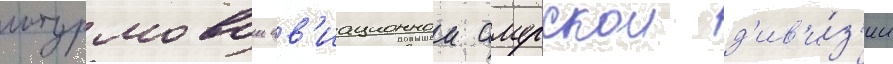
штурмовои ав'иационнои амурскои д'ив'и́з'ии